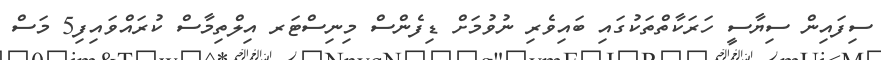
ސިފައިން ސިޔާސީ ހަރަކާތްތަކުގައި ބައިވެރި ނުވުމަށް ޑިފެންސް މިނިސްޓަރ އިލްތިމާސް ކުރައްވައިފި5 މަސް